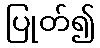
ပြုတ်၍